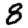
Digit: 8